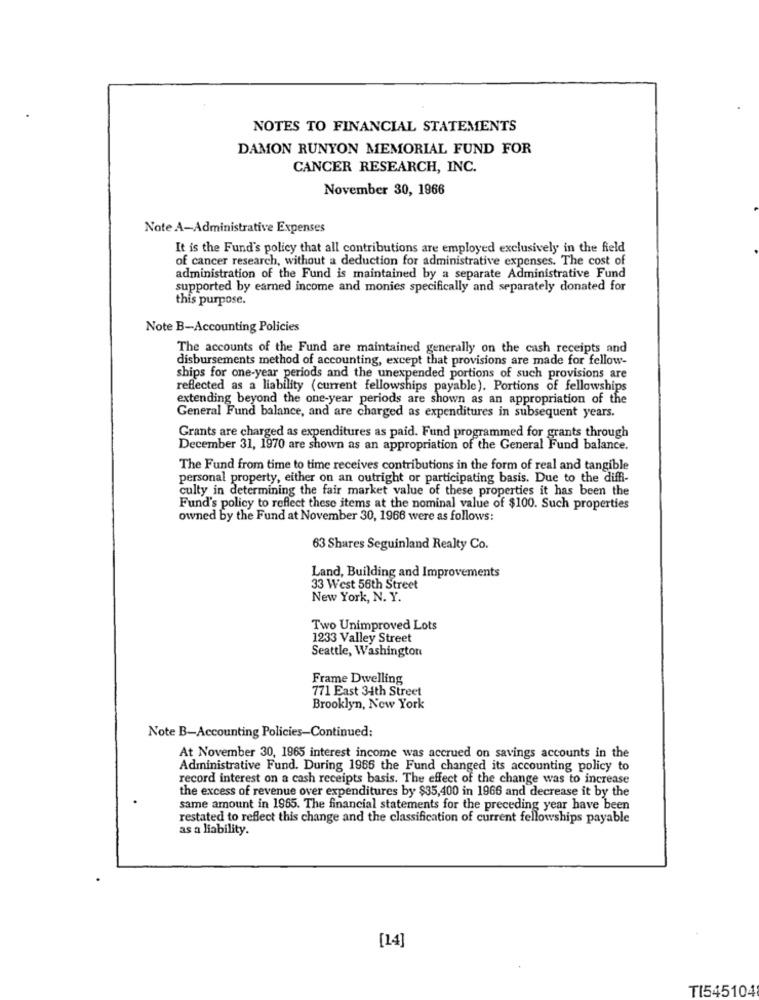
NOTES TO FINANCIAL STATEMENTS
DAMON RUNYON MEMORIAL FUND FOR
CANCER RESEARCH, INC.
November 30, 1966
Note A-Administrative Expenses
It is the Fund's policy that all contributions are employed exclusively in the field
of cancer research, without a deduction for administrative expenses. The cost of
administration of the Fund is maintained by a separate Administrative Fund
supported by earned income and monies specifically and separately donated for
this purpose.
Note B-Accounting Policies
The accounts of the Fund are maintained generally on the cash receipts and
disbursements method of accounting, except that provisions are made for fellow-
ships for one-year periods and the unexpended portions of such provisions are
reflected as a liability (current fellowships payable). Portions of fellowships
extending beyond the one-year periods are shown as an appropriation of the
General Fund balance, and are charged as expenditures in subsequent years.
Grants are charged as expenditures as paid. Fund programmed for grants through
December 31, 1970 are shown as an appropriation of the General Fund balance.
The Fund from time to time receives contributions in the form of real and tangible
personal property, either on an outright or participating basis. Due to the diffi-
culty in determining the fair market value of these properties it has been the
Fund's policy to reflect these items at the nominal value of $100. Such properties
owned by the Fund at November 30, 1966 were as follows:
63 Shares Seguinland Realty Co.
Land, Building and Improvements
33 West 56th Street
New York, N. Y.
Two Unimproved Lots
1233 Valley Street
Seattle, Washington
Frame Dwelling
771 East 34th Street
Brooklyn, New York
Note B-Accounting Policies-Continued:
At November 30, 1965 interest income was accrued on savings accounts in the
Administrative Fund. During 1966 the Fund changed its accounting policy to
record interest on a cash receipts basis. The effect of the change was to increase
the excess of revenue over expenditures by $35,400 in 1966 and decrease it by the
same amount in 1965. The financial statements for the preceding year have been
restated to reflect this change and the classification of current fellowships payable
as a liability.
[14]
TI545104